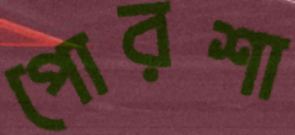
পোরশা